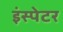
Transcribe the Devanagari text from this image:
इंस्पेटर